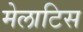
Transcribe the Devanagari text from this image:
मेलाटिस